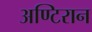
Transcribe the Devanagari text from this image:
अण्टिरान